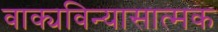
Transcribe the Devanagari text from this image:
वाक्यविन्यासात्मक